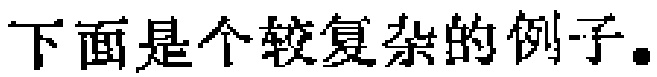
下面是个较复杂的例子。